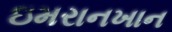
ઇમરાનખાન